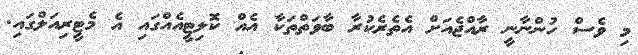
މި ވެސް ހުންނާނީ ރާއްޖެއަށް އެތެރެކުރާ ބާވަތްތަކާ އެއް ކޮލިޓީއެއްގައި އެ މެޓީރިއަލްގައި.